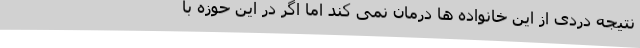
نتیجه دردی از این خانواده ها درمان نمی کند اما اگر در این حوزه با